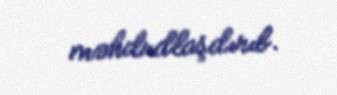
məhdudlaşdırıb.